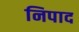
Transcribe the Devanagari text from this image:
निपाद